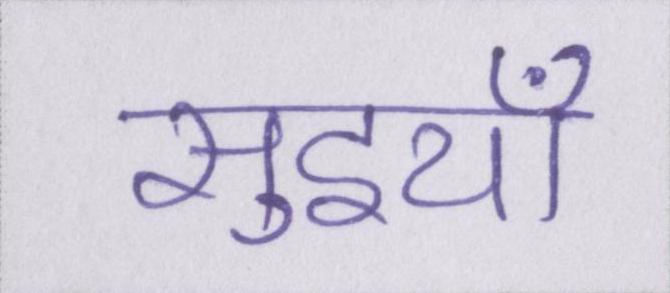
सुइयाँ